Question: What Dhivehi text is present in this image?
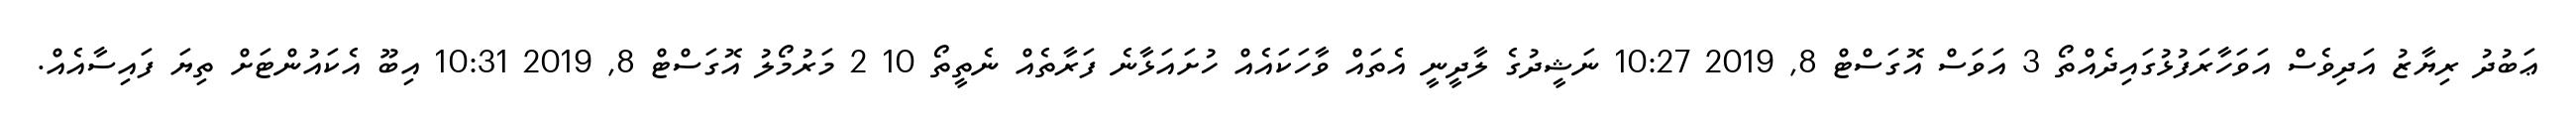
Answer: ޢަބުދު ރިޔާޒު އަދިވެސް އަވަހާރަފުޅުގައިދެއްތޯ 3 އަވަސް އޮގަސްޓް 8, 2019 10:27 ނަޝީދުގެ ލާދީނީ އެތައް ވާހަކައެއް ހުށައަޅާނެ ފަރާތެއް ނެތީތޯ 10 2 މަރުމޯލު އޮގަސްޓް 8, 2019 10:31 އިބޫ އެކައުންޓަށް ތިޔަ ފައިސާއެއް.